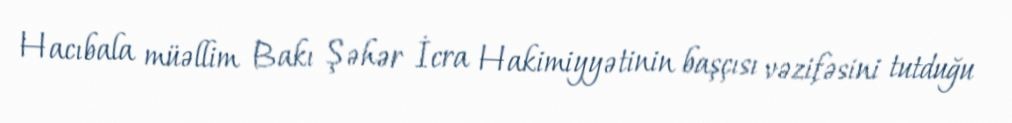
Hacıbala müəllim Bakı Şəhər İcra Hakimiyyətinin başçısı vəzifəsini tutduğu